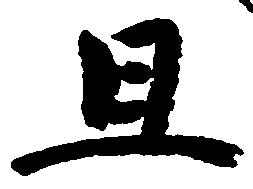
且